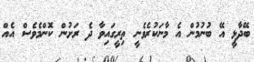
ބޭދާޅީ އޭ ބުނުމުން އެ މާނަކުރެވެނީ ތިރީގައިވާ ދެ ރަށުން ކޮންމެވެސް އެއް